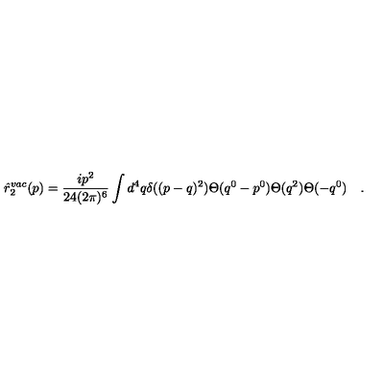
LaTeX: \hat { r } _ { 2 } ^ { v a c } ( p ) = \frac { i p ^ { 2 } } { 2 4 ( 2 \pi ) ^ { 6 } } \int d ^ { 4 } q \delta ( ( p - q ) ^ { 2 } ) \Theta ( q ^ { 0 } - p ^ { 0 } ) \Theta ( q ^ { 2 } ) \Theta ( - q ^ { 0 } ) \quad .